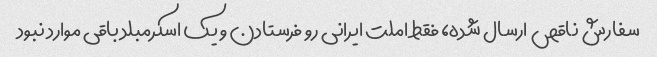
سفارش ناقص ارسال شده، فقط املت ایرانی رو فرستادن و یک اسکرمبلد باقی موارد نبود